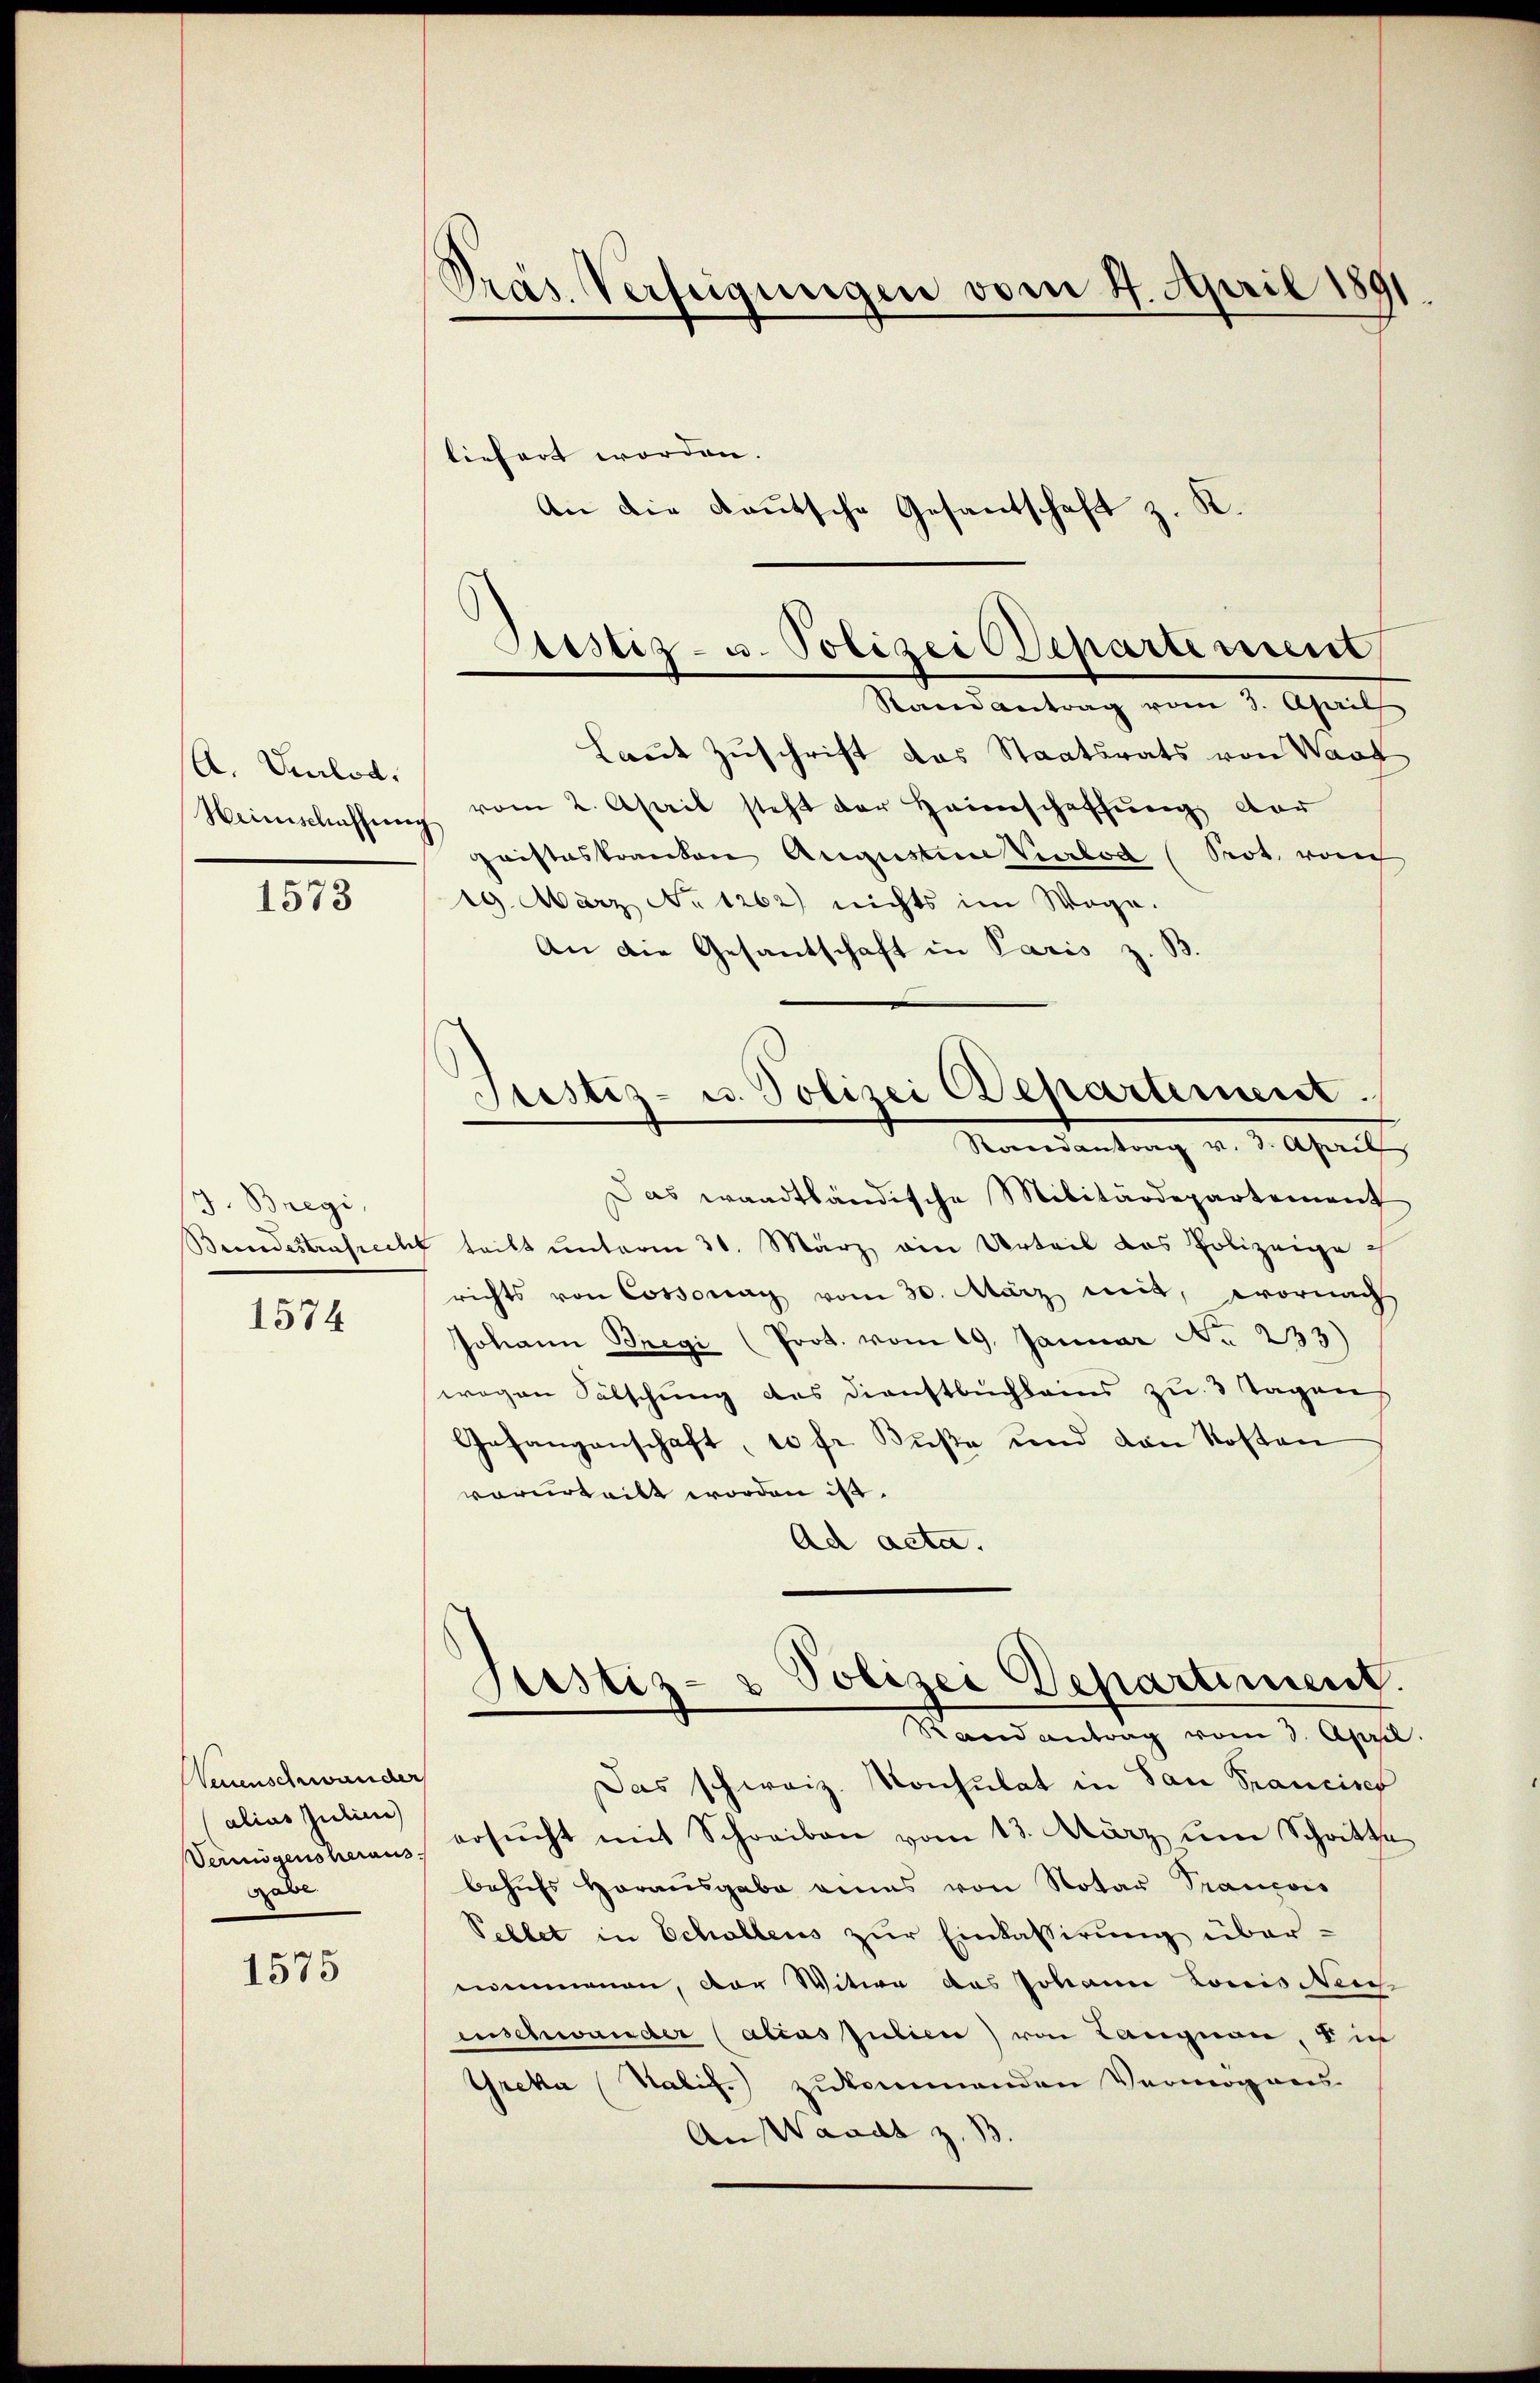
A. Velod.
Heimschaffen

1573

J. Bregi,
Brordestrafrech

1574

Venenschwander
alias Julien)
Vermögensheraus.
Gabe

1575

Präs. Verfügungen vom 4. April 1891

liefert worden.
An die Deutsche Gesantschaft z. K.

Astiz- u. Polizei Departement

Randantrag vom 3. April
Laut Zuschrift das Staatsrats von Wart
vom 2. April steht der Heimschaffung dar
¬
hristeskranken Augusten Verbod (Prot. vom
19. März No 1262) nichts im Wege.
An die Gesantschaft in Paris z. B.
Das waadtländische Militärdepartement
 teilt unterm 31. März ain Urteil das Polizeigerichts von Cossonay vom 30. März mit, wornach
Johann Bregi (Prot. vom 19. Januar No 233)
wegen Fälschung des Dienstbuchleins zu 3 Tagens
Gefangenschaft, 10 fr. Küße und von Kosten
vorurteilt worden ist.
Ad acta.
Polizei Departiment
Justiz-
Stand antrag vom 3. App
Das schweiz. Konsulat in San Francisch
ersŭcht mit Schreiben vom 13. März ŭm Schritt.
behŭfs herausgabe eines von Notar Prancois
Pellet in Schollens zŭr Einkassirŭng über-
nommenen, der Witwe das Johann Louis Neu
inschwander (alias Julien) von Langnau sic
Greka (Salif.) zukommenden Vermögens
An Waadt z. B.

Justiz- u. Polizei Departement.
Randantrag v. 3. April